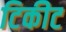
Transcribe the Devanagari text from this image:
टिकीट